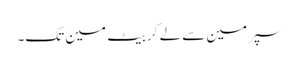
سپر مین سے لے کر بیٹ مین تک۔